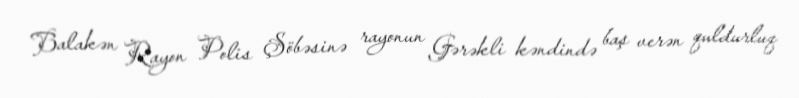
Balakən Rayon Polis Şöbəsinə rayonun Gərəkli kəndində baş verən quldurluq